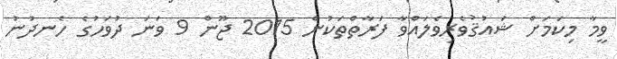
ވީމާ މިކަމަށް ޝައުޤުވެރިވެލައްވާ ފަރާތްތަކުން 2015 ޖޫން 9 ވަނަ ދުވަހުގެ ހެނދުނު